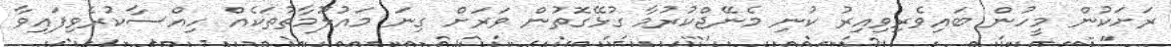
ރަށަކުން މީހުން ބައިވެރިވިއިރު ކުނި މެނޭޖްކުރުމާ ގުޅޭގޮތުން ވަރަށް ގިނަ މައުލޫމާތުތަކެއް ހިއްސާކުރެވިފައިވާ